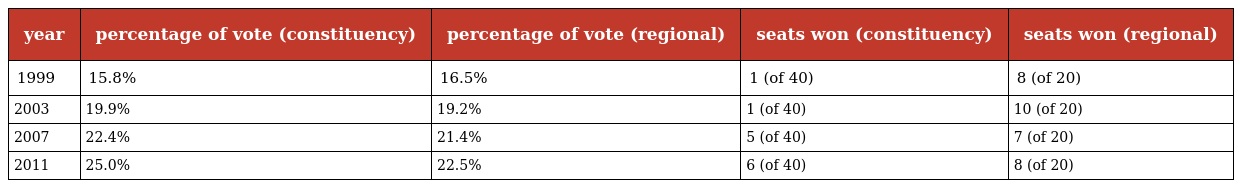
| year | percentage of vote (constituency) | percentage of vote (regional) | seats won (constituency) | seats won (regional) |
 | --- | --- | --- | --- | --- |
 | 1999 | 15.8% | 16.5% | 1 (of 40) | 8 (of 20) |
 | 2003 | 19.9% | 19.2% | 1 (of 40) | 10 (of 20) |
 | 2007 | 22.4% | 21.4% | 5 (of 40) | 7 (of 20) |
 | 2011 | 25.0% | 22.5% | 6 (of 40) | 8 (of 20) |